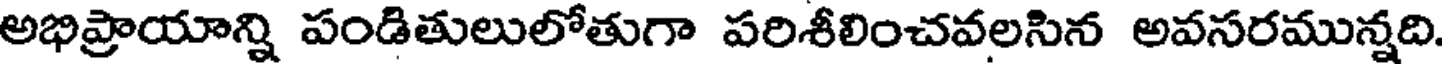
అభిప్రాయాన్ని పండితులులోతుగా పరిశీలించవలసిన అవసరమున్నది